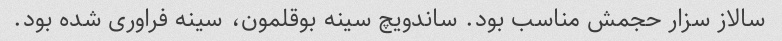
سالاز سزار حجمش مناسب بود. ساندویچ سینه بوقلمون، سینه فراوری شده بود.